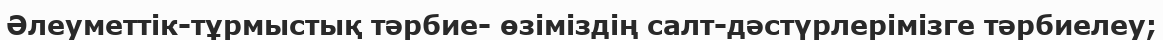
Әлеуметтік-тұрмыстық тәрбие- өзіміздің салт-дәстүрлерімізге тәрбиелеу;